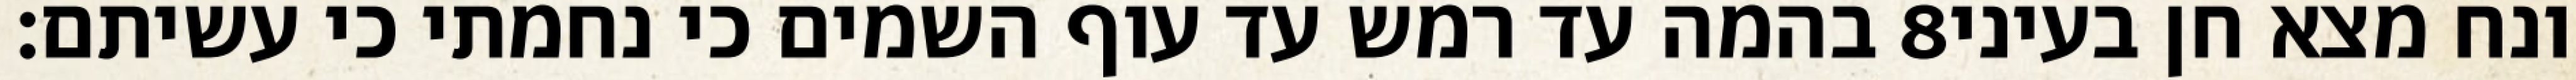
בהמה עד רמש עד עוף השמים כי נחמתי כי עשיתם׃ ‎8‏ ונח מצא חן בעיני